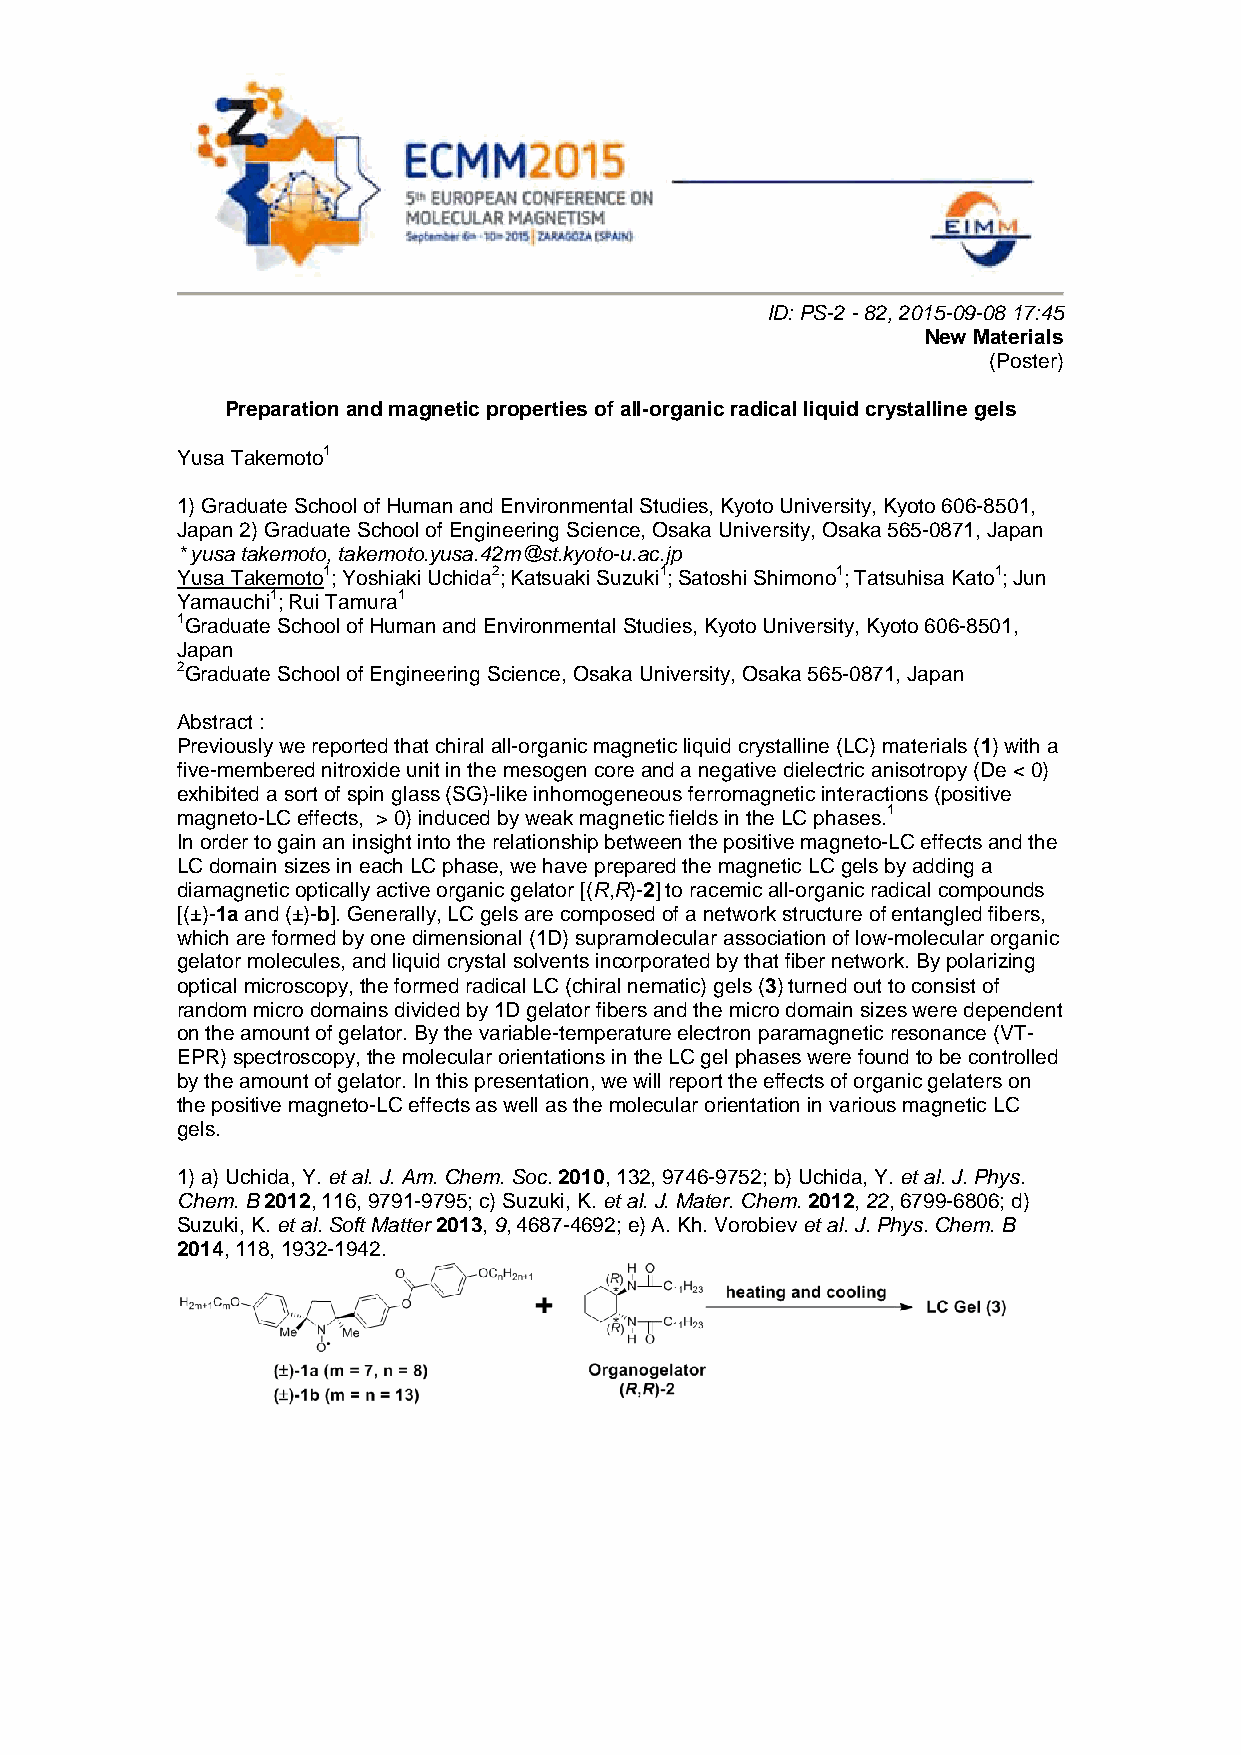
ID: PS-2 - 82, 2015-09-08 17:45
 New Materials
 (Poster)
 Preparation and magnetic properties of all-organic radical liquid crystalline gels
 Yusa Takemoto1
 1) Graduate School of Human and Environmental Studies, Kyoto University, Kyoto 606-8501,
 Japan 2) Graduate School of Engineering Science, Osaka University, Osaka 565-0871, Japan
 * yusa takemoto, takemoto.yusa.42m@st.kyoto-u.ac.jp
 Yusa Takemoto1; Yoshiaki Uchida2; Katsuaki Suzuki1; Satoshi Shimono1; Tatsuhisa Kato1; Jun
 Yamauchi1; Rui Tamura1
 1Graduate School of Human and Environmental Studies, Kyoto University, Kyoto 606-8501,
 Japan
 2Graduate School of Engineering Science, Osaka University, Osaka 565-0871, Japan
 Abstract :
 Previously we reported that chiral all-organic magnetic liquid crystalline (LC) materials (1) with a
 five-membered nitroxide unit in the mesogen core and a negative dielectric anisotropy (De < 0)
 exhibited a sort of spin glass (SG)-like inhomogeneous ferromagnetic interactions (positive
 magneto-LC effects, > 0) induced by weak magnetic fields in the LC phases.1
 In order to gain an insight into the relationship between the positive magneto-LC effects and the
 LC domain sizes in each LC phase, we have prepared the magnetic LC gels by adding a
 diamagnetic optically active organic gelator [(R,R)-2] to racemic all-organic radical compounds
 [(±)-1a and (±)-b]. Generally, LC gels are composed of a network structure of entangled fibers,
 which are formed by one dimensional (1D) supramolecular association of low-molecular organic
 gelator molecules, and liquid crystal solvents incorporated by that fiber network. By polarizing
 optical microscopy, the formed radical LC (chiral nematic) gels (3) turned out to consist of
 random micro domains divided by 1D gelator fibers and the micro domain sizes were dependent
 on the amount of gelator. By the variable-temperature electron paramagnetic resonance (VT-
 EPR) spectroscopy, the molecular orientations in the LC gel phases were found to be controlled
 by the amount of gelator. In this presentation, we will report the effects of organic gelaters on
 the positive magneto-LC effects as well as the molecular orientation in various magnetic LC
 gels.
 1) a) Uchida, Y. et al. J. Am. Chem. Soc. 2010, 132, 9746-9752; b) Uchida, Y. et al. J. Phys.
 Chem. B 2012, 116, 9791-9795; c) Suzuki, K. et al. J. Mater. Chem. 2012, 22, 6799-6806; d)
 Suzuki, K. et al. Soft Matter 2013, 9, 4687-4692; e) A. Kh. Vorobiev et al. J. Phys. Chem. B
 2014, 118, 1932-1942.